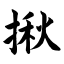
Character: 揪